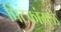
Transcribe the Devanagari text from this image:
पिटकांमुळे